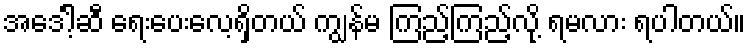
အဒေါ့်ဆီ ရေးပေးလေ့ရှိတယ် ကျွန်မ ကြည့်ကြည့်လို့ ရမလား ရပါတယ်။